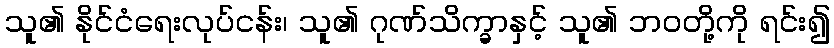
သူ၏ နိုင်ငံရေးလုပ်ငန်း၊ သူ၏ ဂုဏ်သိက္ခာနှင့် သူ၏ ဘဝတို့ကို ရင်း၍